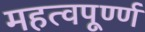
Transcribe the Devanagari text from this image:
महत्वपूर्ण्ण